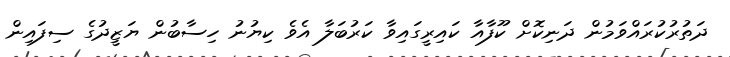
ދަތުރުކުރައްވަމުން ދަނިކޮށް ކޫފާއާ ކައިރީގައިވާ ކަރުބަލާ އެވެ ކިޔުނު ހިސާބުން ޔަޒީދުގެ ސިފައިން